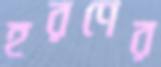
হরণের